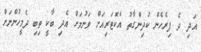
އަދި ދެ ފިރެހެން ކުދިންގާތު އެކޮޓަރިއަށް ވަނުމަށް އެދި ބާކީ ތިބި ދެމީހުންނަށް